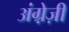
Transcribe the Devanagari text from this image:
अंग्रे़ज़ी